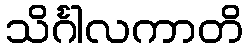
သိင်္ဂါလကာတိ